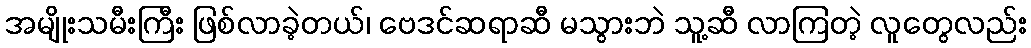
အမျိုးသမီးကြီး ဖြစ်လာခဲ့တယ်၊ ဗေဒင်ဆရာဆီ မသွားဘဲ သူ့ဆီ လာကြတဲ့ လူတွေလည်း